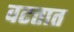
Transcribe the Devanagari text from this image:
वटतात